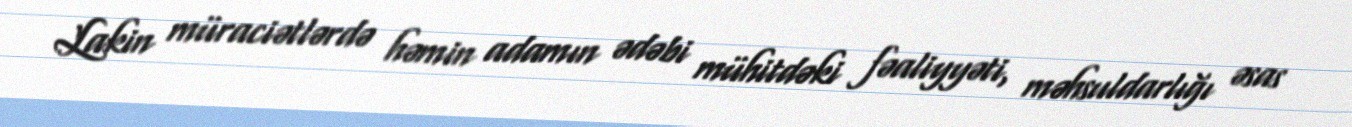
Lakin müraciətlərdə həmin adamın ədəbi mühitdəki fəaliyyəti, məhsuldarlığı əsas